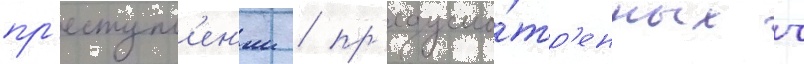
пр'еступл'ен'ии / пр'едусмо́тр'енных ч